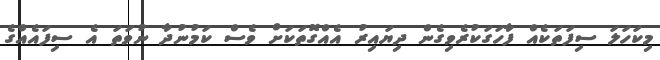
މިކަހަލަ ސިފަތަކެއް ފާހަގަކުރެވިގެން ދިޔައިރު އެއްގޮތަކަށް ވެސް ކަމުނުދާ ނުވަތަ އެ ސިފައެއްގެ